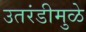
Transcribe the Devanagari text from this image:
उतरंडीमुळे